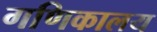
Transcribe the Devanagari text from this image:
गणिकालय